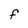
Character: F